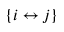
\{ i \leftrightarrow j \}